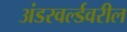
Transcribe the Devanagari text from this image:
अंडरवर्ल्डवरील